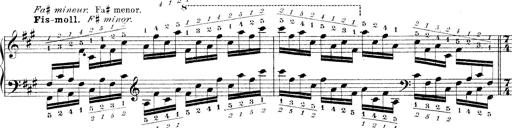
Title: Technische Studien
Composer: Franz Liszt